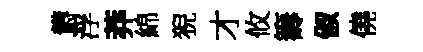
欝浮莽綿猊才攸籌俶僥